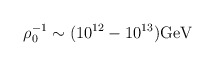
\begin{align*}\rho^{-1}_0\sim (10^{12}-10^{13}){\rm GeV}\end{align*}